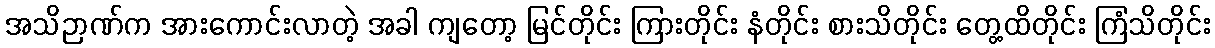
အသိဉာဏ်က အားကောင်းလာတဲ့ အခါ ကျတော့ မြင်တိုင်း ကြားတိုင်း နံတိုင်း စားသိတိုင်း တွေ့ထိတိုင်း ကြံသိတိုင်း